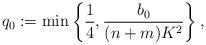
LaTeX: \begin{align*}q_0:=\min\left\{\frac{1}{4},\frac{b_0}{(n+m)K^2}\right\},\end{align*}